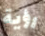
رؤية